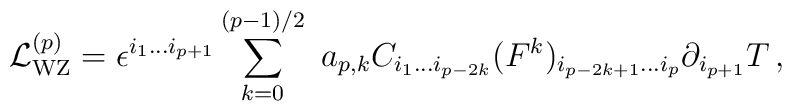
{\cal L}^{(p)}_{\rm WZ} =  \epsilon^{i_1\ldots i_{p+1}} \sum_{k=0}^{(p-1)/2} \,\,a_{p,k}  C_{i_1\ldots i_{p-2k}}(F^k)_{i_{p-2k+1}\ldots i_p} \partial_{i_{p+1}}T\,,